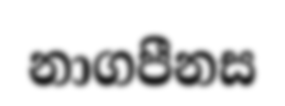
නාගපීනස